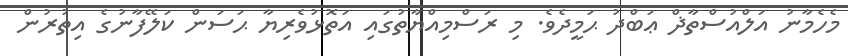
މެހެމާނު އަލްއުސްތާޛް ޢަބްދު ޙަމީދެވެ. މި ރަސްމިއްޔާތުގައި އަތޮޅުވެރިޔާ ޙަސަން ކަލޭފާނުގެ އިތުރުން